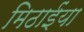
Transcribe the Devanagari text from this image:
मिठाईंया